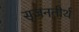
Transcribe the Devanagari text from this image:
सृजनतीर्थ